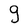
Character: g